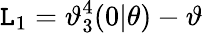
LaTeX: \mathtt{L}_{1}=\mathcal{{\vartheta}}_{3}^{4}(0|\theta)-\mathcal{{\vartheta}}